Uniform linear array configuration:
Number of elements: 12
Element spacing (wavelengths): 0.25
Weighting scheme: binomial
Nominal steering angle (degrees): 30
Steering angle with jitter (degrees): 29.993
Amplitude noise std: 0.05
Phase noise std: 0.05

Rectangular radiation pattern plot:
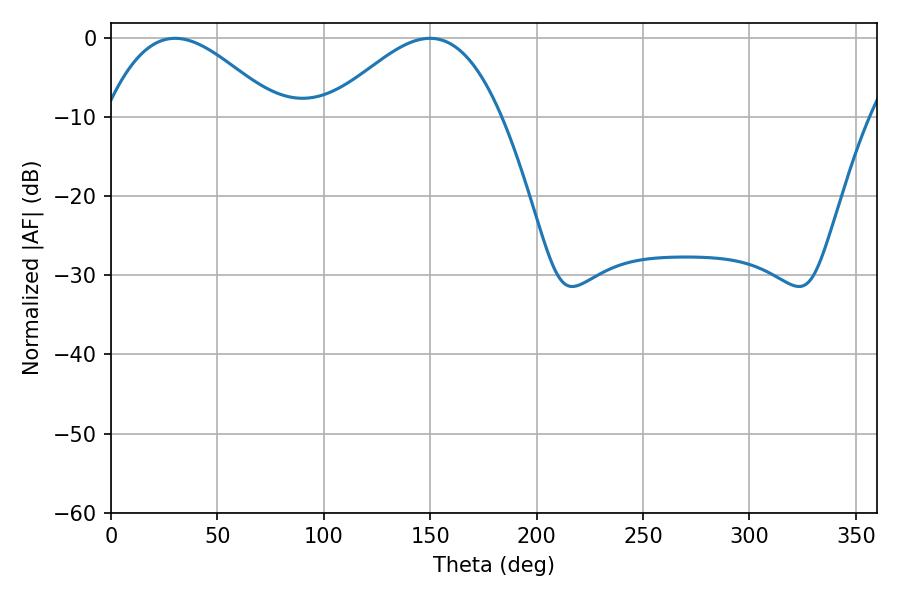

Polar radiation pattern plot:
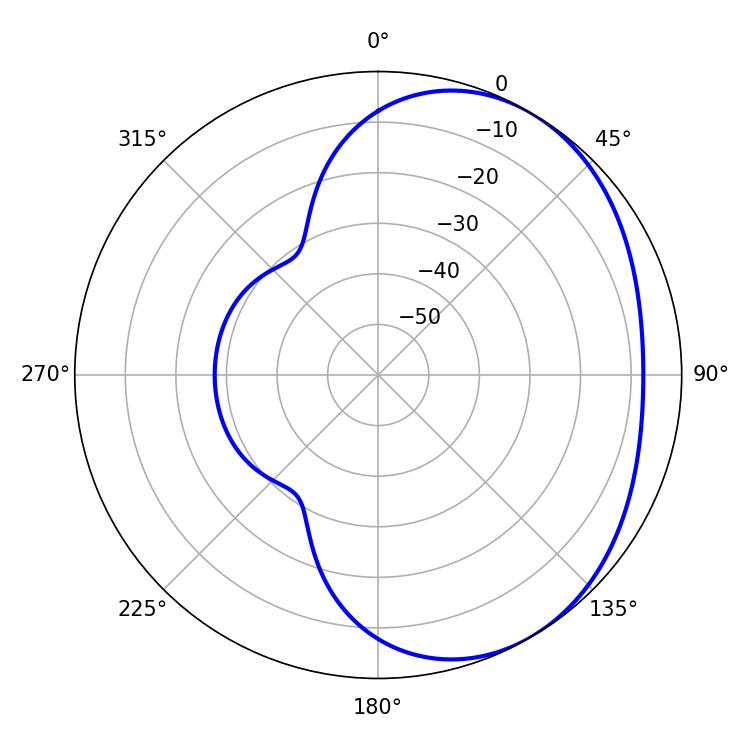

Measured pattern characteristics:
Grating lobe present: FALSE
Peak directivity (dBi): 3.189
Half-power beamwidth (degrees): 43.92
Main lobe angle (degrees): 30.06